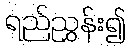
ရည်ညွှန်း၍